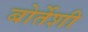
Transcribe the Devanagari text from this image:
बोर्तेशी